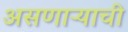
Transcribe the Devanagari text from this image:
असणाऱ्याची